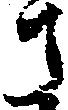
さ